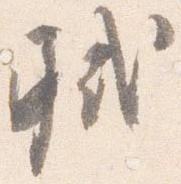
軾